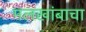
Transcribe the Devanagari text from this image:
मलखांबाचा